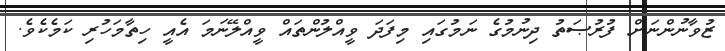
ޒުވާނުންނަށް ފުރުޞަތު ދިނުމުގެ ނަމުގައި މިފަދަ ވީއްލުންތައް ވީއްލޭނަމަ އެއީ ހިތާމަހުރި ކަމެކެވެ.